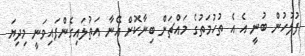
ފުލުހުން ބުނީ އެ އެ ތުހުމަތުގެ މައްޗަށް ބިނާކޮށް އޭނާ އަތުލައިގެންފައިވަނީ މިދިޔަ